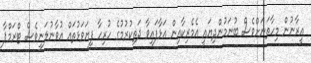
އީރާނުން މިހާތަނަށްވެސް ބުނަމުންދިޔައީ އެމެރިކާއިން އަޅާފައިވާ ދަތިކުރުމުގެ ހުރިހާ ފިޔަވަޅުތައް އުވާނުލަނީވެސް ޓްރަމްޕާ